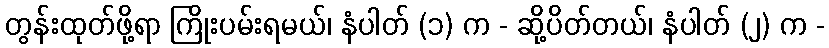
တွန်းထုတ်ဖို့ရာ ကြိုးပမ်းရမယ်၊ နံပါတ် (၁) က - ဆို့ပိတ်တယ်၊ နံပါတ် (၂) က -